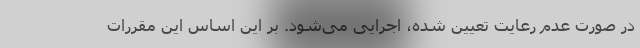
در صورت عدم رعایت تعیین شده، اجرایی می‌شود. بر این اساس این مقررات